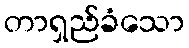
တာရှည်ခံသော